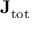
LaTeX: \mathbf { J } _ { \mathrm { { t o t } } }